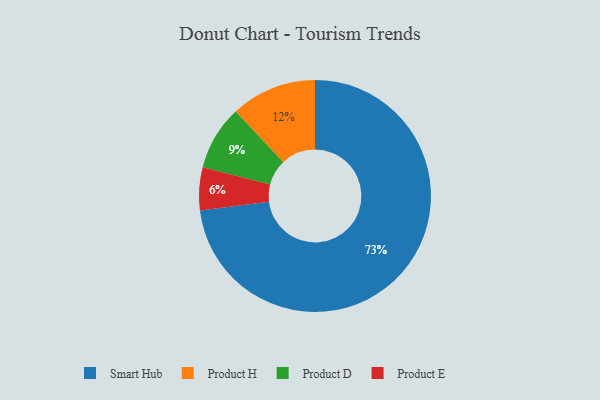
{"axis": {"x": "Category", "y": "Percentage"}, "legend": ["Product D", "Product E", "Product H", "Smart Hub"], "data": [{"x": "Product D", "y": 9, "type": "Product D"}, {"x": "Smart Hub", "y": 73, "type": "Smart Hub"}, {"x": "Product E", "y": 6, "type": "Product E"}, {"x": "Product H", "y": 12, "type": "Product H"}]}